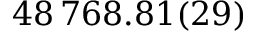
4 8 \, 7 6 8 . 8 1 ( 2 9 )